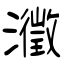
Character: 瀓